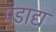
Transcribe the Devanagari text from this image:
पंडाद्य